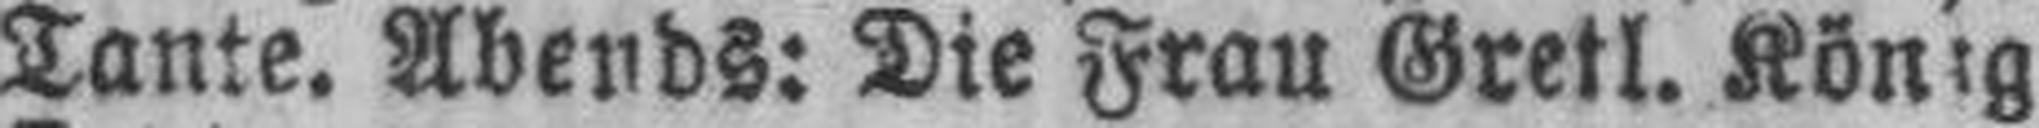
Tante. Abends: Die Frau Gretl. König